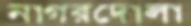
নাগরদোলা